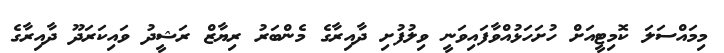
މިމައްސަލަ ކޮމިޓީއަށް ހުށަހަޅުއްވާފައިވަނީ ވިލުފުށި ދާއިރާގެ މެންބަރު ރިޔާޒް ރަޝީދު ވައިކަރަދޫ ދާއިރާގެ